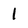
Character: 1